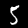
Digit: 5